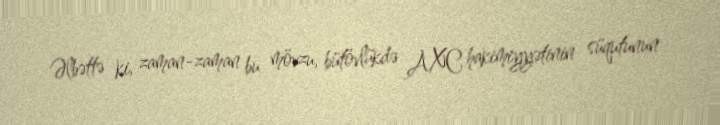
Əlbəttə ki, zaman-zaman bu mövzu, bütövlükdə AXC hakimiyyətinin süqutunun